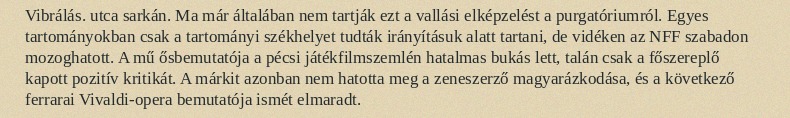
Vibrálás. utca sarkán. Ma már általában nem tartják ezt a vallási elképzelést a purgatóriumról. Egyes tartományokban csak a tartományi székhelyet tudták irányításuk alatt tartani, de vidéken az NFF szabadon mozoghatott. A mű ősbemutatója a pécsi játékfilmszemlén hatalmas bukás lett, talán csak a főszereplő kapott pozitív kritikát. A márkit azonban nem hatotta meg a zeneszerző magyarázkodása, és a következő ferrarai Vivaldi-opera bemutatója ismét elmaradt.